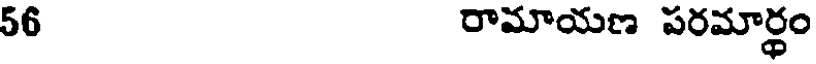
56 రామాయణ పరమార్ధం